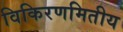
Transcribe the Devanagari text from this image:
विकिरणमितीय